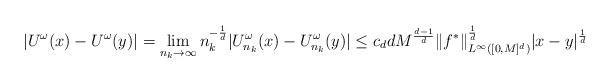
LaTeX: \begin{align*}|U^\omega(x) - U^\omega(y)| = \lim_{n_k\to \infty} n_k^{-\frac{1}{d}}|U^\omega_{n_k}(x) - U^\omega_{n_k}(y)| \leq c_ddM^\frac{d-1}{d}\|f^*\|_{L^\infty([0,M]^d)}^\frac{1}{d}|x-y|^\frac{1}{d}\end{align*}